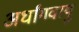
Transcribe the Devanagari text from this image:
अर्धांगवायु